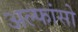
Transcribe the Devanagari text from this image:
अल्फांसो